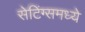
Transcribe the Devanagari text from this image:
सेटिंग्समध्ये